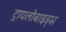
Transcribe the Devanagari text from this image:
ट्रायलोबाइड्स